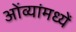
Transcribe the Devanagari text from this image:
ओंव्यांमध्यें